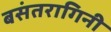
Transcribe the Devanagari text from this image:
बसंतरागिनी